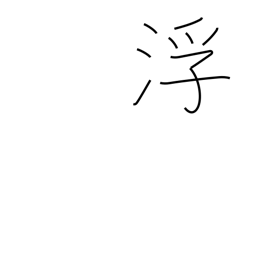
Meaning: rise to surface